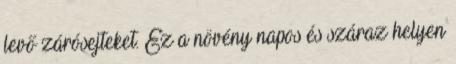
levő zárósejteket. Ez a növény napos és száraz helyen